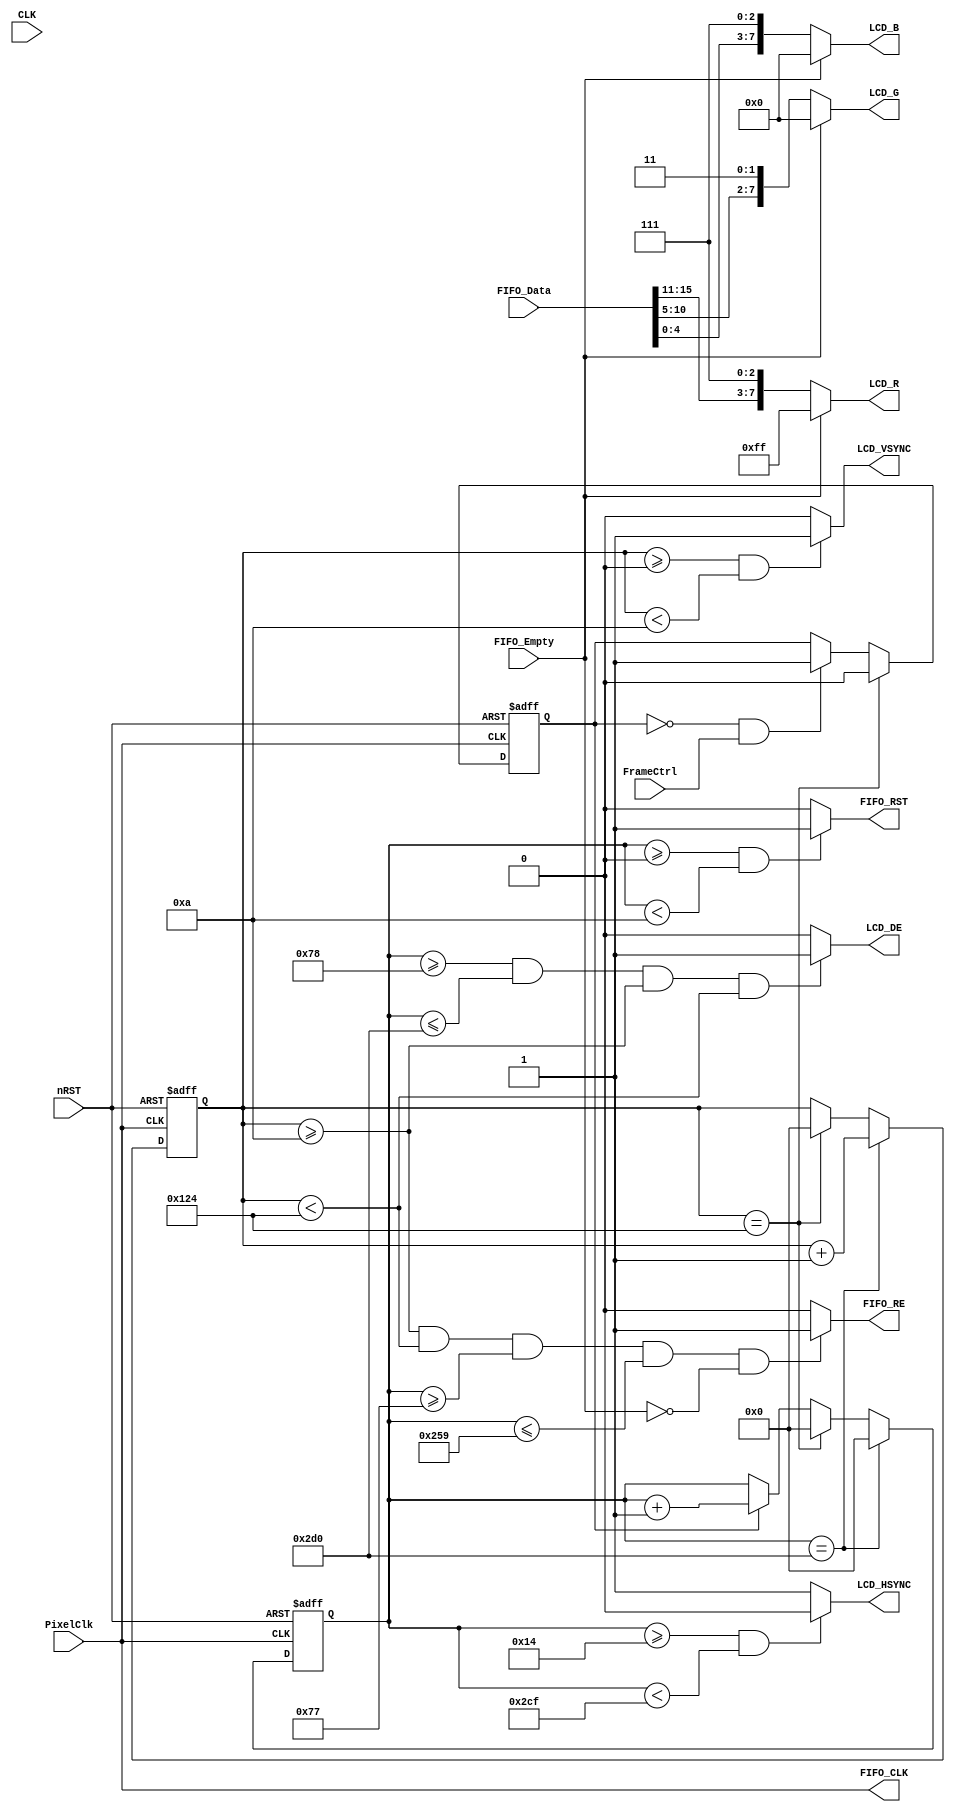
module VGAMod
(
    input                   CLK,
    input                   nRST,

    input                   PixelClk,

    input                   FrameCtrl,

    output                  LCD_DE,
    output                  LCD_HSYNC,
    output                  LCD_VSYNC,

	output          [7:0]   LCD_B,
	output          [7:0]   LCD_G,
	output          [7:0]   LCD_R,

    output                  FIFO_RST,
    output                  FIFO_CLK,
    output                  FIFO_RE,
    input   wire            FIFO_Empty,
    input   wire    [15:0]  FIFO_Data

);

    reg         [15:0]  PixelCount;
    reg         [15:0]  LineCount;

    /*
    localparam      WidthPixel  = 16'd800;
    localparam      HightPixel  = 16'd480;

    localparam      H_BackPorch  =  16'd256;
    localparam      V_BackPorch  =  16'd45;     // 800*480@44Hz   

    localparam      PixelForHS  =   16'd1056 + H_BackPorch;
    localparam      LineForVS   =   16'd525  + V_BackPorch;

    localparam      FIFOReStart =   H_BackPorch - 1'b1;
    localparam      FIFOReEnd   =   16'd1056    + 1'b1;

    */
    localparam      WidthPixel  = 16'd480;
    localparam      HightPixel  = 16'd272;

    localparam      H_BackPorch  =  16'd120;
    localparam      V_BackPorch  =  16'd10;     

    localparam      PixelForHS  =   WidthPixel + H_BackPorch + H_BackPorch ;
    localparam      LineForVS   =   HightPixel + V_BackPorch + V_BackPorch;

    localparam      FIFOReStart =   H_BackPorch - 1'b1;
    localparam      FIFOReEnd   =   WidthPixel + H_BackPorch + 1'b1;

    reg         FrameFlag;

    always @(  posedge PixelClk or negedge nRST  )begin
        if( !nRST ) begin
            LineCount       <=  16'b0;    
            PixelCount      <=  16'b0;
            end
        else if(  PixelCount  ==  PixelForHS ) begin
            PixelCount      <=  16'b0;
            LineCount       <=  LineCount + 1'b1;
            end
        else if(  LineCount  == LineForVS  ) begin
            LineCount       <=  16'b0;
            PixelCount      <=  16'b0;
            end
        else if( FrameFlag == 1'b1 )begin
            PixelCount      <=  PixelCount + 1'b1;
            end
    end

    always @(  posedge PixelClk or negedge nRST  )begin
        if( !nRST ) begin
            FrameFlag   <=  1'b0;
            end
        else if(  LineCount  == LineForVS  ) begin
            FrameFlag   <=  1'b0;
            end
        else if(( FrameFlag == 1'b0 )&&( FrameCtrl == 1'b1 ))begin
            FrameFlag   <=  1'b1;
            end
    end

    assign  LCD_HSYNC = (( PixelCount >= ( H_BackPorch - 16'd100 ))&&( PixelCount < (PixelForHS - 1))) ? 1'b0 : 1'b1;
    assign  LCD_VSYNC = (( LineCount  >= 0 )&&( LineCount  < V_BackPorch )) ? 1'b1 : 1'b0;

    /*
    assign  LCD_HSYNC = (( PixelCount >= ( H_BackPorch - 16'd200 ))&&( PixelCount < (PixelForHS - 1))) ? 1'b0 : 1'b1;
    assign  LCD_VSYNC = (( LineCount  >= ( V_BackPorch - 16'd40  ))&&( LineCount  < (LineForVS  - 1))) ? 1'b0 : 1'b1;
    */
    assign  FIFO_RST  = (( PixelCount >= 0 )&&( PixelCount < 16'd10 )) ? 1'b1 : 1'b0;

    assign  LCD_DE = (  ( PixelCount >= H_BackPorch )&&
                        ( PixelCount <= PixelForHS ) &&
                        ( LineCount >= V_BackPorch ) &&
                        ( LineCount < LineForVS ))  ? 1'b1 : 1'b0;

    assign  FIFO_CLK = PixelClk;
    assign  FIFO_RE  = (( LineCount >= V_BackPorch )&&( LineCount < LineForVS )&&( PixelCount >= FIFOReStart )&&( PixelCount <= FIFOReEnd )&&( FIFO_Empty == 1'b0 )) ? 1'b1 : 1'b0;

    assign  LCD_R    = ( FIFO_Empty == 1'b0 ) ? {FIFO_Data[15:11], 3'b111 } : 8'b1111_1111;
    assign  LCD_G    = ( FIFO_Empty == 1'b0 ) ? {FIFO_Data[10:5] , 2'b11  } : 8'b0000_0000;
    assign  LCD_B    = ( FIFO_Empty == 1'b0 ) ? {FIFO_Data[4:0]  , 3'b111 } : 8'b0000_0000;

    
/*
    always @(  posedge PixelClk or negedge nRST  )begin
        if( !nRST ) begin
            VGA_R       <=  8'b0;
            VGA_G       <=  8'b0;
            VGA_B       <=  8'b0;
            end
        else if( LCD_DE == 1'b1 )begin
            case( PixelCount )
            1'b0            : begin
                VGA_R       <=  8'h00;
                VGA_G       <=  8'h00;
                VGA_B       <=  8'h00;
                end
            16'd256          : begin
                VGA_R       <=  8'hff;
                VGA_G       <=  8'h00;
                VGA_B       <=  8'h00;
                end
            16'd356         : begin
                VGA_R       <=  8'h00;
                VGA_G       <=  8'hff;
                VGA_B       <=  8'h00;
                end
            16'd456         : begin
                VGA_R       <=  8'hff;
                VGA_G       <=  8'hff;
                VGA_B       <=  8'h00;
                end
            16'd556         : begin
                VGA_R       <=  8'h00;
                VGA_G       <=  8'h00;
                VGA_B       <=  8'hff;
                end
            16'd656         : begin
                VGA_R       <=  8'hff;
                VGA_G       <=  8'h00;
                VGA_B       <=  8'hff;
                end
            16'd756         : begin
                VGA_R       <=  8'h00;
                VGA_G       <=  8'hff;
                VGA_B       <=  8'hff;
                end
            16'd856         : begin
                VGA_R       <=  8'hff;
                VGA_G       <=  8'hff;
                VGA_B       <=  8'hff;
                end
            16'd956         : begin
                VGA_R       <=  8'h00;
                VGA_G       <=  8'h00;
                VGA_B       <=  8'h00;
                end
            endcase
            end
    end
*/

endmodule